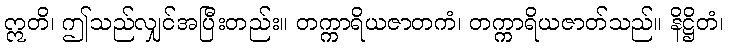
ဣတိ၊ ဤသည်လျှင်အပြီးတည်း။ တက္ကာရိယဇာတကံ၊ တက္ကာရိယဇာတ်သည်။ နိဋ္ဌိတံ၊